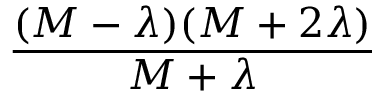
\frac { ( M - \lambda ) ( M + 2 \lambda ) } { M + \lambda }